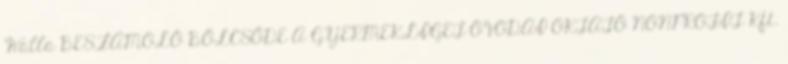
Walla BESZÁMOLÓ BÖLCSŐDE A GYERMEKLIGET ÓVODAI OKTATÓ NONPROFIT Kft.